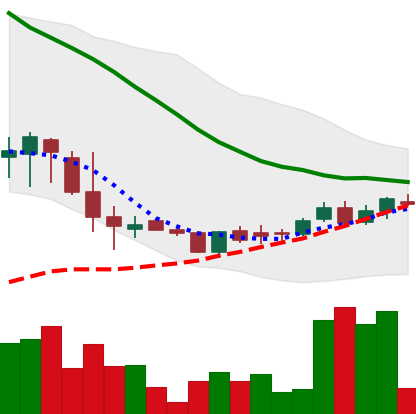
Ticker: DOGE-USD
Chart end date: 2018-06-07
Forward return: -17.229%
Label: down_7plus